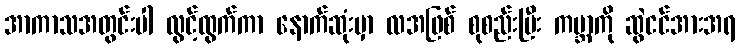
အာကာသအတွင်းပါ လွင့်ထွက်ကာ နောက်ဆုံးမှာ လအဖြစ် စုစည်းပြီး ကမ္ဘာကို ဆွဲငင်အားအရ